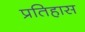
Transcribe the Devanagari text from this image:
प्रतिहास